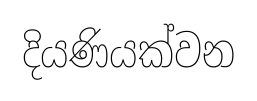
දියණියක්වන